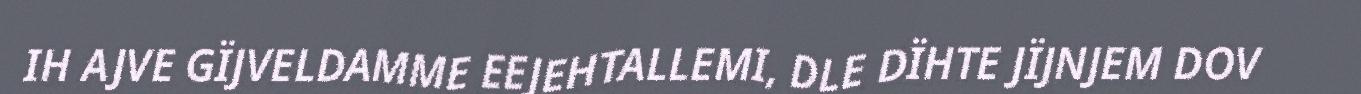
IH AJVE GÏJVELDAMME EEJEHTALLEMI, DLE DÏHTE JÏJNJEM DOV